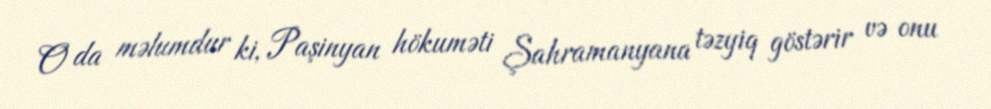
O da məlumdur ki, Paşinyan hökuməti Şahramanyana təzyiq göstərir və onu